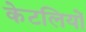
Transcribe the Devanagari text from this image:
केटलियों